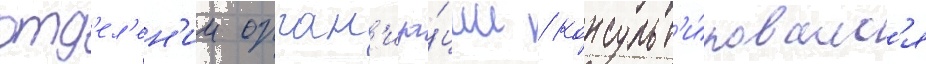
отд'ел'ен'ии орган'иза́ции / консульт'и́ровалс'я